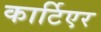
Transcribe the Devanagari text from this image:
कार्टिएर